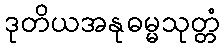
ဒုတိယအနုဓမ္မသုတ္တံ